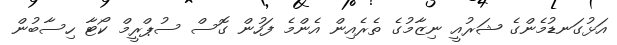
އަޅުގަނޑުމެންގެ ޝަރުއީ ނިޒާމުގެ ތެރެއިން އެންމެ ފަހުން ގޮސް ސުޕްރީމް ކޯޓާ ހިސާބުން